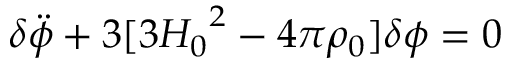
{ \delta } \ddot { \phi } + 3 [ 3 { H _ { 0 } } ^ { 2 } - 4 { \pi } { \rho } _ { 0 } ] { \delta } { \phi } = 0